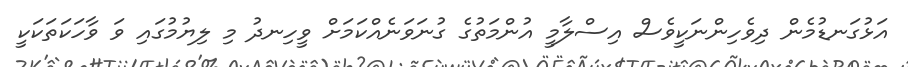
އަޅުގަނޑުމެން ދިވެހިންނަކީވެސް އިސްލާމީ އުންމަތުގެ ގުނަވަނެއްކަމަށް ވީހިނދު މި ލިޔުމުގައި ވަ ވާހަކަތަކަކީ